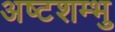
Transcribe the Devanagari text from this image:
अष्टशम्भु